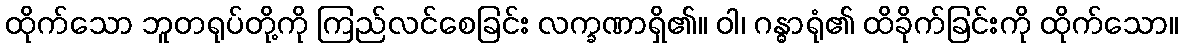
ထိုက်သော ဘူတရုပ်တို့ကို ကြည်လင်စေခြင်း လက္ခဏာရှိ၏။ ဝါ၊ ဂန္ဓာရုံ၏ ထိခိုက်ခြင်းကို ထိုက်သော။